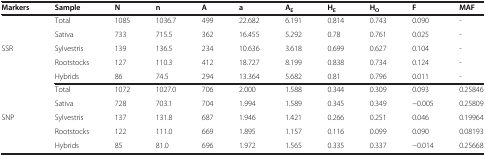
<table><thead><tr><td><b>Markers</b></td><td><b>Sample</b></td><td><b>N</b></td><td><b>n</b></td><td><b>A</b></td><td><b>a</b></td><td><b>A<sub>E</sub></b></td><td><b>H<sub>E</sub></b></td><td><b>H<sub>O</sub></b></td><td><b>F</b></td><td><b>MAF</b></td></tr></thead><tbody><tr><td rowspan="5">SSR</td><td>Total</td><td>1085</td><td>1036.7</td><td>499</td><td>22.682</td><td>6.191</td><td>0.814</td><td>0.743</td><td>0.090</td><td>-</td></tr><tr><td>Sativa</td><td>733</td><td>715.5</td><td>362</td><td>16.455</td><td>5.292</td><td>0.78</td><td>0.761</td><td>0.025</td><td>-</td></tr><tr><td>Sylvestris</td><td>139</td><td>136.5</td><td>234</td><td>10.636</td><td>3.618</td><td>0.699</td><td>0.627</td><td>0.104</td><td>-</td></tr><tr><td>Rootstocks</td><td>127</td><td>110.3</td><td>412</td><td>18.727</td><td>8.199</td><td>0.838</td><td>0.734</td><td>0.124</td><td>-</td></tr><tr><td>Hybrids</td><td>86</td><td>74.5</td><td>294</td><td>13.364</td><td>5.682</td><td>0.81</td><td>0.796</td><td>0.011</td><td>-</td></tr><tr><td rowspan="4">SNP</td><td>Total</td><td>1072</td><td>1027.0</td><td>706</td><td>2.000</td><td>1.588</td><td>0.344</td><td>0.309</td><td>0.093</td><td>0.25846</td></tr><tr><td>Sativa</td><td>728</td><td>703.1</td><td>704</td><td>1.994</td><td>1.589</td><td>0.345</td><td>0.349</td><td>−0.005</td><td>0.25809</td></tr><tr><td>Sylvestris</td><td>137</td><td>131.8</td><td>687</td><td>1.946</td><td>1.421</td><td>0.266</td><td>0.251</td><td>0.046</td><td>0.19964</td></tr><tr><td>Rootstocks</td><td>122</td><td>111.0</td><td>669</td><td>1.895</td><td>1.157</td><td>0.116</td><td>0.099</td><td>0.090</td><td>0.08193</td></tr><tr><td> </td><td>Hybrids</td><td>85</td><td>81.0</td><td>696</td><td>1.972</td><td>1.565</td><td>0.335</td><td>0.337</td><td>−0.014</td><td>0.25668</td></tr></tbody></table>